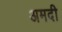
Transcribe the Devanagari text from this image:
अमदी